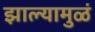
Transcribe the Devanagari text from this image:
झाल्यामुळं